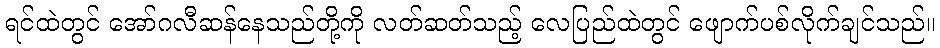
ရင်ထဲတွင် အော်ဂလီဆန်နေသည်တို့ကို လတ်ဆတ်သည့် လေပြည်ထဲတွင် ဖျောက်ပစ်လိုက်ချင်သည်။